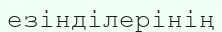
езінділерінің